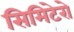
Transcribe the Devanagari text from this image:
सिमिटेरो